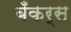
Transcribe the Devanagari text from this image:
बँकर्स